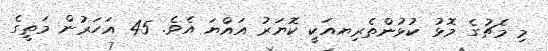
މި މެޗުގެ މޮޅު ކުޅުންތެރިޔއަކީ ކޮޔަރު އައްޔަ އެވެ. 45 އަހަރުން މަތީގެ